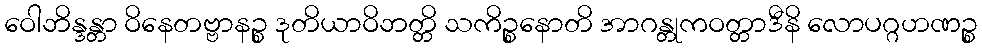
ဝေါဘိန္ဒန္တာ ဝိနေတဗ္ဗာနဉ္စ ဒုတိယာဝိဘတ္တိ သကိဉ္စနောတိ အာဂန္တုကဝတ္တာဒီနိ လောပဂ္ဂဟဏဉ္စ